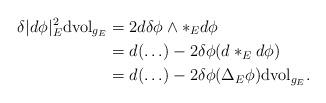
LaTeX: \begin{align*}\delta|d\phi|^2_E\mathrm{dvol}_{g_E}&=2d\delta\phi\wedge*_Ed\phi\\&=d(\ldots)-2\delta\phi (d*_Ed\phi)\\&=d(\ldots)-2\delta\phi(\Delta_E\phi)\mathrm{dvol}_{g_E}.\end{align*}